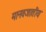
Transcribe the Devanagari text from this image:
मानवजातीय